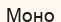
Моно